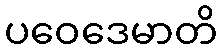
ပဝေဒေမာတိ